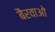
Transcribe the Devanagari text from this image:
बैरवाओ